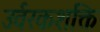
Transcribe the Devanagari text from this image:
उर्वरकशक्ति